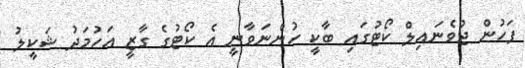
ފަހުން ޖުވެނައިލް ކޯޓުގައި ބާކީ ހުންނަވާނީ އެ ކޯޓުގެ ގާޒީ އަހުމަދު ޝަކީލު